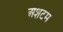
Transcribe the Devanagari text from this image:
अशटम